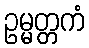
ဥမ္မတ္တကံ